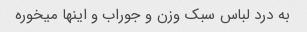
به درد لباس سبک وزن و جوراب و اینها میخوره